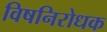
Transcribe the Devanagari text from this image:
विषनिरोधक